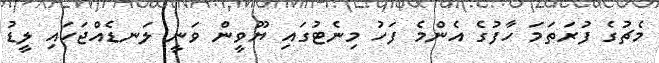
މެޗުގެ ފުރަތަމަ ހާފުގެ އެންމެ ފަހު މިނެޓުގައި ޔޫވީން ވަނީ ލަނޑެއްޖަހައި ލީޑު